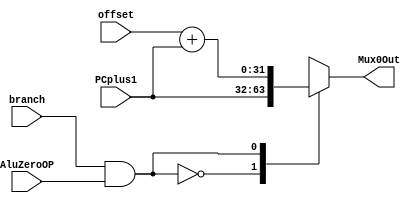
module MIPSMUX0(offset, PCplus1,AluZeroOP,branch,Mux0Out); 
	input[31:0]offset,PCplus1;
	input AluZeroOP, branch;
	wire Mux0Sel;
	output reg[31:0]Mux0Out;
	assign Mux0Sel = branch & AluZeroOP; 
	always@(Mux0Sel, offset, PCplus1) 
	begin
		case(Mux0Sel)
			0:Mux0Out <= PCplus1; 
			1:Mux0Out = offset + PCplus1;
		endcase 
	end 
endmodule